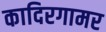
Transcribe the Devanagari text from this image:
कादिरगामर